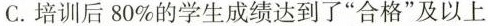
C.培训后80%的学生成绩达到了”合格”及以上